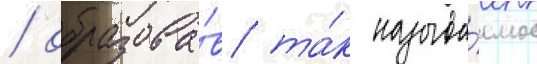
/ образова́в та́к называ́емое